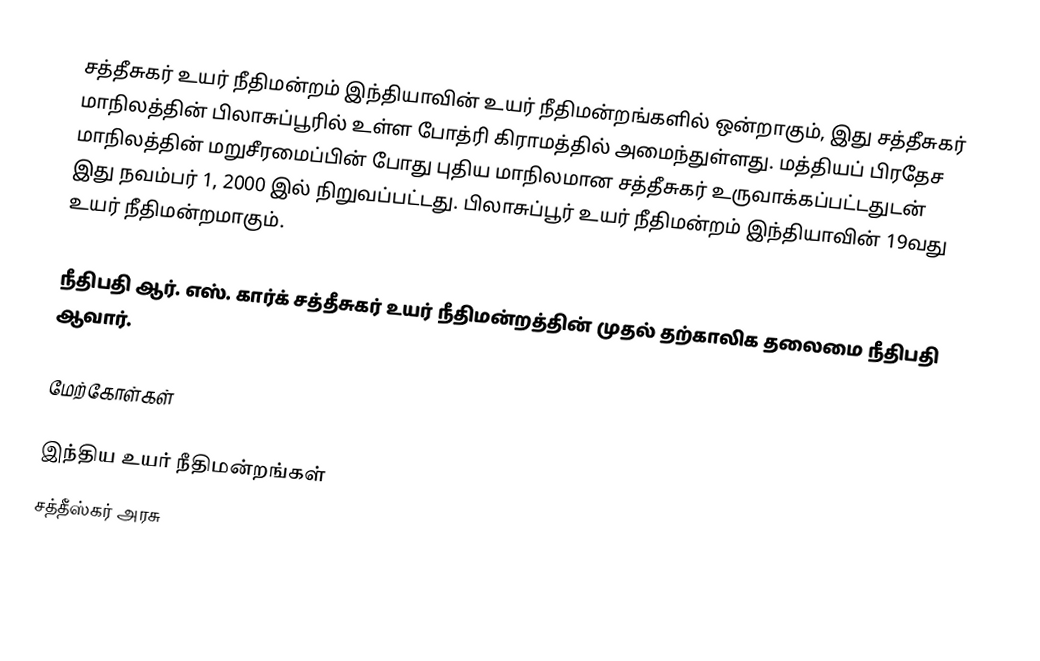
சத்தீசுகர் உயர் நீதிமன்றம் இந்தியாவின்  உயர் நீதிமன்றங்களில் ஒன்றாகும், இது சத்தீசுகர் மாநிலத்தின் பிலாசுப்பூரில் உள்ள போத்ரி கிராமத்தில் அமைந்துள்ளது. மத்தியப் பிரதேச மாநிலத்தின் மறுசீரமைப்பின் போது புதிய மாநிலமான சத்தீசுகர் உருவாக்கப்பட்டதுடன் இது நவம்பர் 1, 2000 இல் நிறுவப்பட்டது. பிலாசுப்பூர் உயர் நீதிமன்றம் இந்தியாவின் 19வது உயர் நீதிமன்றமாகும்.

நீதிபதி ஆர். எஸ். கார்க் சத்தீசுகர் உயர் நீதிமன்றத்தின் முதல் தற்காலிக தலைமை நீதிபதி ஆவார்.

மேற்கோள்கள்

இந்திய உயர் நீதிமன்றங்கள்
சத்தீஸ்கர் அரசு